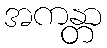
အကန္တာ